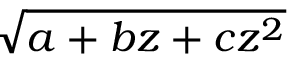
\sqrt { a + b z + c z ^ { 2 } }